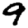
Digit: 9